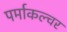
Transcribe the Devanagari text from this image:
पर्माकल्चर